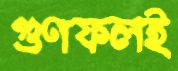
গুণফলই